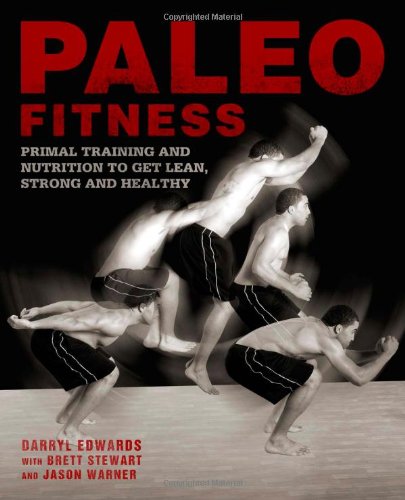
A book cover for Paleo Fitness: A Primal Training and Nutrition Program to Get Lean, Strong and Healthy; Darryl Edwards; Health, Fitness & Dieting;